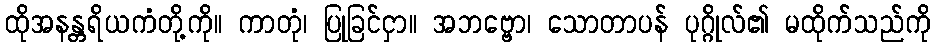
ထိုအနန္တရိယကံတို့ကို။ ကာတုံ၊ ပြုခြင်ငှာ။ အဘဗ္ဗော၊ သောတာပန် ပုဂ္ဂိုလ်၏ မထိုက်သည်ကို